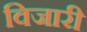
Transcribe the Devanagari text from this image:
विजारी